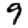
Digit: 9